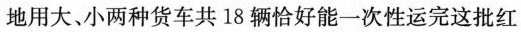
地用大、小两种货车共18辆恰好能一次性运完这批红